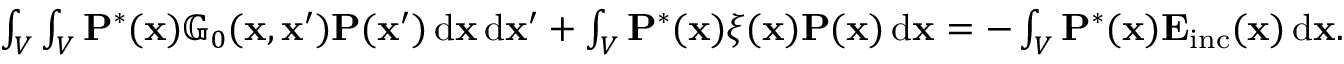
\begin{array} { r } { \int _ { V } \int _ { V } \mathbf { P } ^ { * } ( \mathbf { x } ) \mathbb { G } _ { 0 } ( \mathbf { x } , \mathbf { x } ^ { \prime } ) \mathbf { P } ( \mathbf { x } ^ { \prime } ) \, \mathrm { d } \mathbf { x } \, \mathrm { d } \mathbf { x } ^ { \prime } + \int _ { V } \mathbf { P } ^ { * } ( \mathbf { x } ) \xi ( \mathbf { x } ) \mathbf { P } ( \mathbf { x } ) \, \mathrm { d } \mathbf { x } = - \int _ { V } \mathbf { P } ^ { * } ( \mathbf { x } ) \mathbf { E } _ { \mathrm { i n c } } ( \mathbf { x } ) \, \mathrm { d } \mathbf { x } . } \end{array}